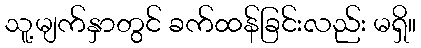
သူ့မျက်နှာတွင် ခက်ထန်ခြင်းလည်း မရှိ။